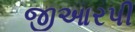
જીઆરપી